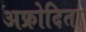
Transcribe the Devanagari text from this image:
अफ्रोदिता